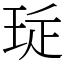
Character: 㻄